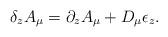
LaTeX: \begin{align*}\delta_z A_\mu = \partial_z A_\mu + D_\mu \epsilon_z .\end{align*}